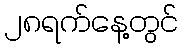
၂၈ရက်နေ့တွင်